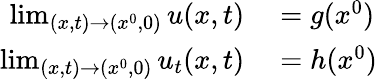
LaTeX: \begin{array}{rl}{\operatorname*{lim}_{(x,t)\to(x^{0},0)}u(x,t)}&{{}=g(x^{0})}\\ {\operatorname*{lim}_{(x,t)\to(x^{0},0)}u_{t}(x,t)}&{{}=h(x^{0})}\end{array}